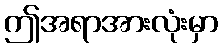
ဤအရာအားလုံးမှာ